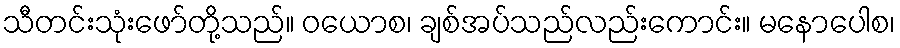
သီတင်းသုံးဖော်တို့သည်။ ဝယောစ၊ ချစ်အပ်သည်လည်းကောင်း။ မနောပေါစ၊